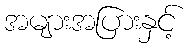
အများအပြားနှင့်